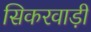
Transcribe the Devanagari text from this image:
सिकरवाड़ी